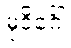
မုဒိင်္ဂေါ